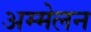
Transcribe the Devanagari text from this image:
अम्मेलन